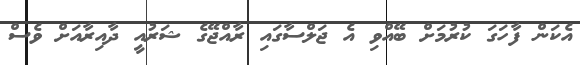
އެކަން ފާހަގަ ކުރުމަށް ބޭއްވި އެ ޖަލްސާގައި ރާއްޖޭގެ ޝަރުއީ ދާއިރާއަށް ވެސް